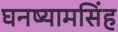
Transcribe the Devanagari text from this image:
घनष्यामसिंह